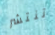
تنتشر